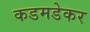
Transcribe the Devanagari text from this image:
कडमडेकर